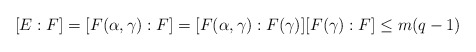
\begin{align*}[E:F]=[F(\alpha,\gamma):F]=[F(\alpha,\gamma):F(\gamma)][F(\gamma):F]\leq m(q-1)\end{align*}